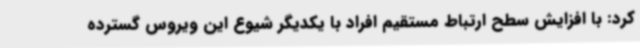
کرد: با افزایش سطح ارتباط مستقیم افراد با یکدیگر شیوع این ویروس گسترده